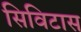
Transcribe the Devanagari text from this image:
सिविटास